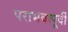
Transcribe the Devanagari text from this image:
पराभवापूर्वी